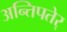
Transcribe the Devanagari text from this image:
अन्तिपतेर्